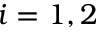
i = 1 , 2